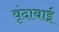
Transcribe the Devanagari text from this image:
वृंदाबाई